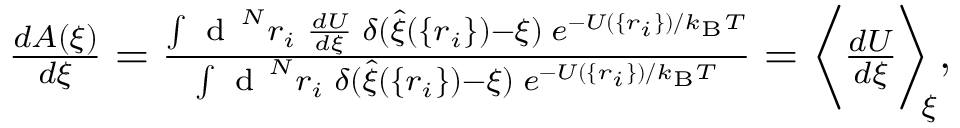
\begin{array} { r } { \frac { d A ( \xi ) } { d \xi } = \frac { \int \mathrm { ~ d ~ } ^ { N } r _ { i } \; \frac { d U } { d \xi } \; \delta ( \hat { \xi } ( \{ r _ { i } \} ) - \xi ) \; e ^ { - U ( \{ r _ { i } \} ) / k _ { \mathrm { B } } T } } { \int \mathrm { ~ d ~ } ^ { N } r _ { i } \; \delta ( \hat { \xi } ( \{ r _ { i } \} ) - \xi ) \; e ^ { - U ( \{ r _ { i } \} ) / k _ { \mathrm { B } } T } } = \bigg \langle \frac { d U } { d \xi } \bigg \rangle _ { \! \! \xi } , } \end{array}